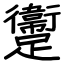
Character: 躗